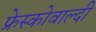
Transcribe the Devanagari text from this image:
फ्रेस्कोवाल्दी